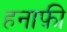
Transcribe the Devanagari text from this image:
हनाफ़ी